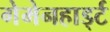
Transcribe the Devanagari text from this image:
गेमेनहार्ड्ट